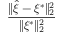
\frac { \| \hat { \xi } - \xi ^ { \ast } \| _ { 2 } ^ { 2 } } { \| \xi ^ { \ast } \| _ { 2 } ^ { 2 } }